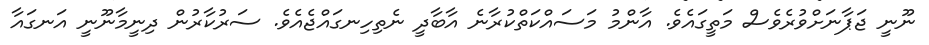
ނޫނީ ޖަޕާނަށްވުރެވެސް މަތީގައެވެ. އާންމު މަސައްކަތްކުރާނެ އާބާދީ ނެތިހިނގައްޖެއެވެ. ސަރުކާރުން ދިނީމާނޫނީ އަނގައާ